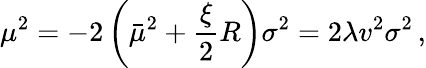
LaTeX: \mu^{2}=-2\left(\bar{\mu}^{2}+\frac{\xi}{2}R\right)\sigma^{2}=2\lambda v^{2}\sigma^{2}\, {,}